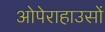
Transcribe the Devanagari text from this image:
ओपेराहाउसों